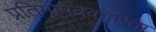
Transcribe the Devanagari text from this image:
प्रतिमापत्रकारिता